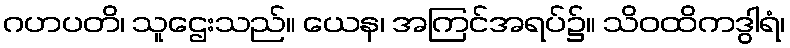
ဂဟပတိ၊ သူဌေးသည်။ ယေန၊ အကြင်အရပ်၌။ သိဝထိကဒွါရံ၊